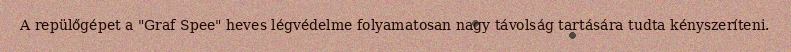
A repülőgépet a "Graf Spee" heves légvédelme folyamatosan nagy távolság tartására tudta kényszeríteni.